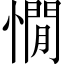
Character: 憪